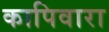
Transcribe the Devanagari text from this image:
कापिवारा